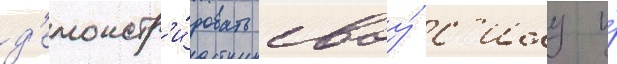
д'емонстр'и́ровать своу́ с'илу и́